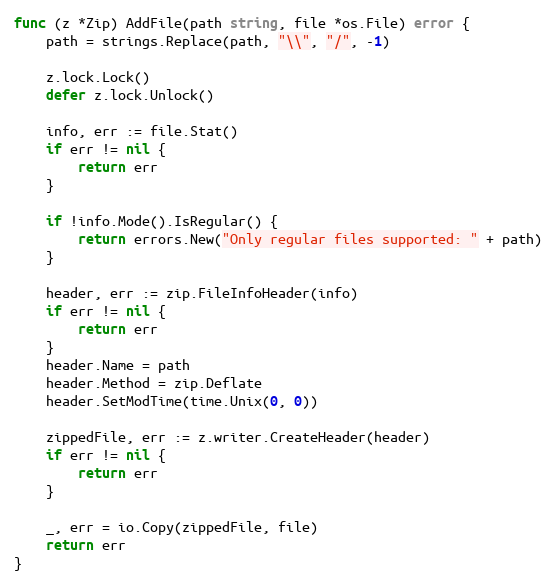
Language: Go
func (z *Zip) AddFile(path string, file *os.File) error {
	path = strings.Replace(path, "\\", "/", -1)

	z.lock.Lock()
	defer z.lock.Unlock()

	info, err := file.Stat()
	if err != nil {
		return err
	}

	if !info.Mode().IsRegular() {
		return errors.New("Only regular files supported: " + path)
	}

	header, err := zip.FileInfoHeader(info)
	if err != nil {
		return err
	}
	header.Name = path
	header.Method = zip.Deflate
	header.SetModTime(time.Unix(0, 0))

	zippedFile, err := z.writer.CreateHeader(header)
	if err != nil {
		return err
	}

	_, err = io.Copy(zippedFile, file)
	return err
}